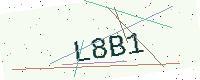
Text: L8B1